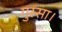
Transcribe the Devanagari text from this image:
गुस्सा।